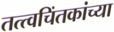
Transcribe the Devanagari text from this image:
तत्त्वचिंतकांच्या